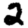
Digit: 2